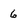
Character: 6